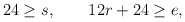
\begin{align*}24\geq s,\qquad 12r+24 \geq e,\end{align*}